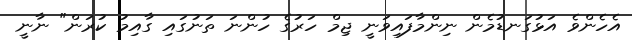
އެހެންވެ އަޅުގަނޑުމެން ނިންމާފައިވަނީ ޖިމް ހަރުގެ ހުންނަ ތަނުގައި ގާއިމު ކުރަން" ނާނީ